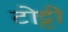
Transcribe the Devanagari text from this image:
टोट्टी